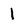
Character: 1